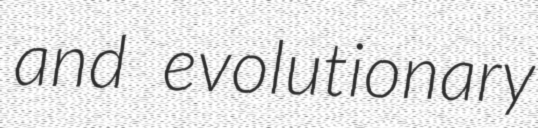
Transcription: and evolutionary